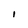
Character: I